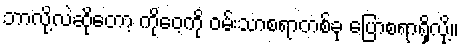
ဘာလို့လဲဆိုတော့ ကိုဝေ့ကို ဝမ်းသာစရာတစ်ခု ပြောစရာရှိလို့။